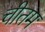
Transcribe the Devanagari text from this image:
चीतम